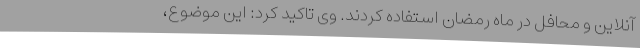
آنلاین و محافل در ماه رمضان استفاده کردند. وی تاکید کرد: این موضوع،